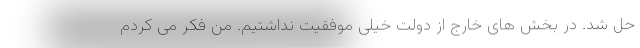
حل شد. در بخش های خارج از دولت خیلی موفقیت نداشتیم. من فکر می کردم